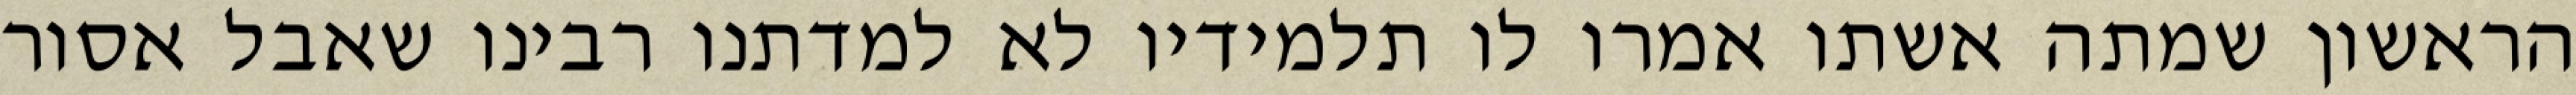
הראשון שמתה אשתו אמרו לו תלמידיו לא למדתנו רבינו שאבל אסור